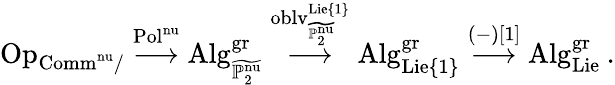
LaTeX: \mathrm{Op}_{\mathrm{Comm}^{\mathrm{nu}}/}\stackrel{\mathrm{Pol}^{\mathrm{nu}}}{\longrightarrow}\mathrm{Alg}_{\widetilde{\mathbb{P}_{2}^{\mathrm{nu}}}}^{\mathrm{gr}}\stackrel{\mathrm{oblv}_{\widetilde{\mathbb{P}_{2}^{\mathrm{nu}}}}^{\mathrm{Lie}\{ 1\} }}{\longrightarrow}\mathrm{Alg}_{\mathrm{Lie}\{ 1\} }^{\mathrm{gr}}\stackrel{(-)[1]}{\longrightarrow}\mathrm{Alg}_{\mathrm{Lie}}^{\mathrm{gr}}\: .